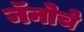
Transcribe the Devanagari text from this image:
नॅनोचे